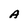
Character: A